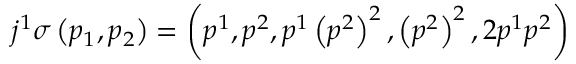
j ^ { 1 } \sigma \left( p _ { 1 } , p _ { 2 } \right) = \left( p ^ { 1 } , p ^ { 2 } , p ^ { 1 } \left( p ^ { 2 } \right) ^ { 2 } , \left( p ^ { 2 } \right) ^ { 2 } , 2 p ^ { 1 } p ^ { 2 } \right)